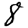
Digit: 8